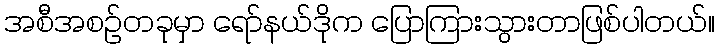
အစီအစဉ်တခုမှာ ရော်နယ်ဒိုက ပြောကြားသွားတာဖြစ်ပါတယ်။